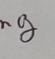
Signature authenticity: genuine